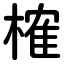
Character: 榷